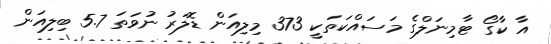
އާ ކާގޯ ޓާމިނަލްގެ މަސައްކަތަކީ 373 މިލިއަން ޑޮލަރު ނުވަތަ 5.7 ބިލިއަން